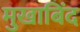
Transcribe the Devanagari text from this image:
मुखाबिंद